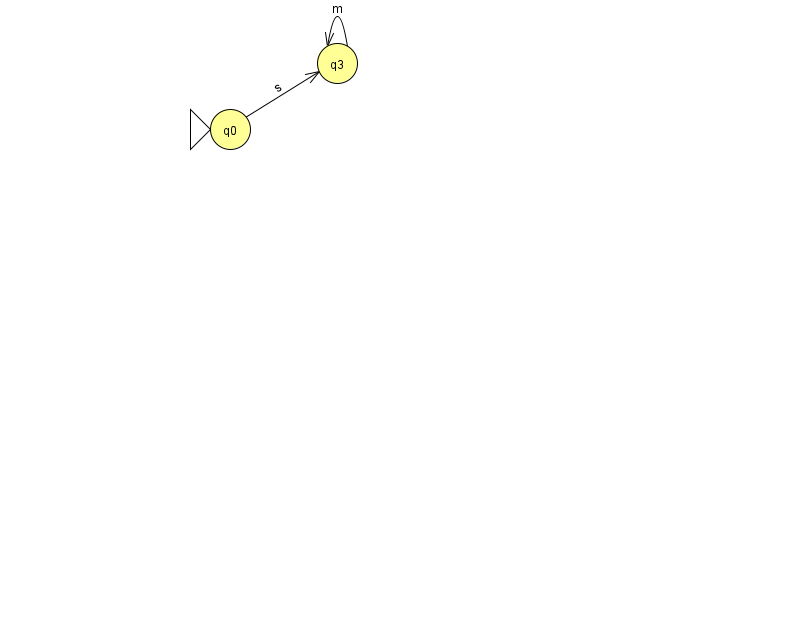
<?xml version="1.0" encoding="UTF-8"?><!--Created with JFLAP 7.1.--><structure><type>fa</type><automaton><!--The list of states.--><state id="0" name="q0"><x>230.0</x><y>116.0</y><initial/></state><state id="3" name="q3"><x>337.0</x><y>50.0</y></state><!--The list of transitions.--><transition><from>0</from><to>3</to><read>s</read></transition><transition><from>3</from><to>3</to><read>m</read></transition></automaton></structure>